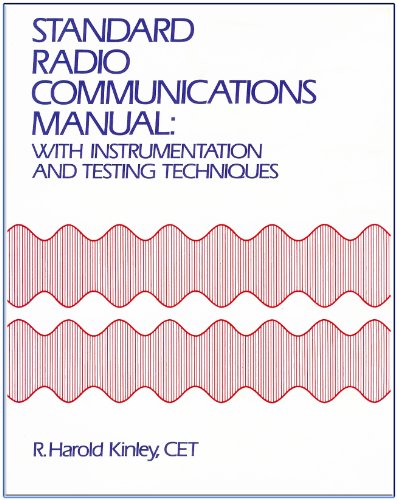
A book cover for Standard Radio Communications Manual: With Instrumentation and Testing Techniques; R. Harold Kinley; Crafts, Hobbies & Home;